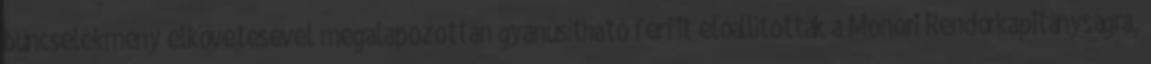
bűncselekmény elkövetésével megalapozottan gyanúsítható férfit előállították a Monori Rendőrkapitányságra,